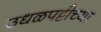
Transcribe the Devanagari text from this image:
उधळपट्टीच्या